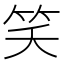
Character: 笑